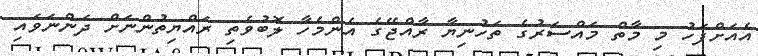
އެއަށްފަހު މި މާތް މައްސަރުގެ ތަހުނިޔާ ރާއްޖޭގެ އެންމެހާ ލޮބުވެތި ރައްޔިތުންނަށް ދަންނަވައި